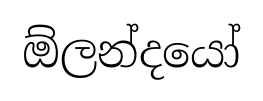
ඕලන්දයෝ